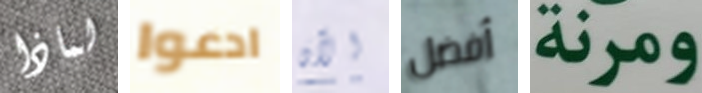
لماذا ادعوا الآن أفضل ومرنة